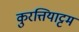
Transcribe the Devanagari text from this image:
कुरत्तियाट्टम